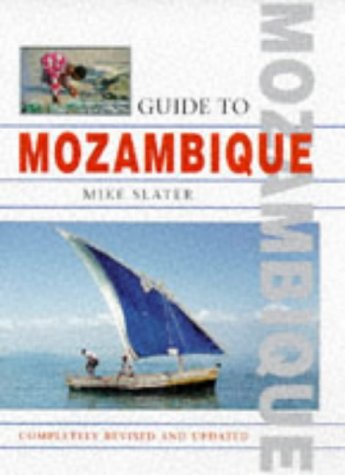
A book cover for Guide to Mozambique; Mike Slater; Travel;